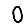
Digit: 0